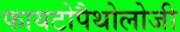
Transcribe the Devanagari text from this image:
फायटोपैथोलोजी